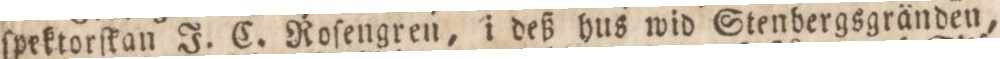
ſpektorſkan J. C. Roſengren, i deß hus wid Stenbergsgrände,